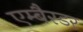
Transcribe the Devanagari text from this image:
एम्बैस्डर